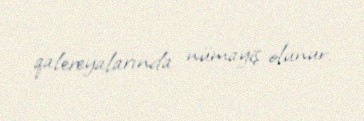
qalereyalarında nümayiş olunur.